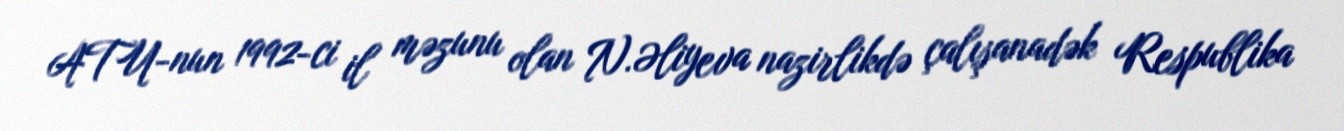
ATU-nun 1992-ci il məzunu olan N.Əliyeva nazirlikdə çalışanadək Respublika